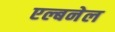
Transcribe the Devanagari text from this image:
एल्बनेल